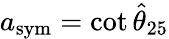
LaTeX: a_{\mathrm{sym}}=\cot\hat{\theta}_{25}